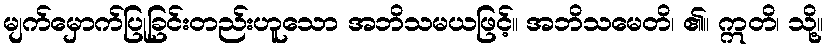
မျက်မှောက်ပြုခြင်းတည်းဟူသော အဘိသမယဖြင့်။ အဘိသမေတိ၊ ၏။ ဣတိ၊ သို့။